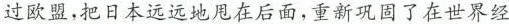
过欧盟，把日本远远地甩在后面，重新巩固了在世界经